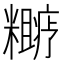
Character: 𬖼